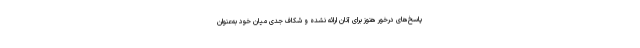
پاسخ‌های درخور هنوز برای آنان ارائه نشده و شکاف جدی میان خود به‌عنوان